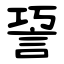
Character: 䛒